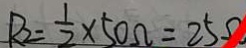
R _ { 2 } = \frac { 1 } { 2 } \times 5 0 \Omega = 2 5 \Omega